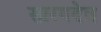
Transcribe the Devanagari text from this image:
सारगदेव